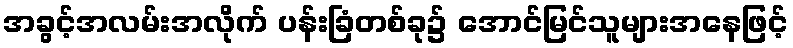
အခွင့်အလမ်းအလိုက် ပန်းခြံတစ်ခု၌ အောင်မြင်သူများအနေဖြင့်